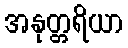
အနုတ္တရိယာ